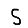
Digit: 5